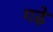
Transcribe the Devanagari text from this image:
गढे़